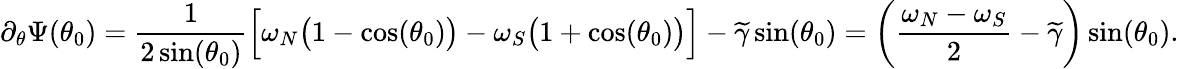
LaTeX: \partial_{\theta}\Psi(\theta_{0})=\frac{1}{2\sin(\theta_{0})}\Big[\omega_{N}\big(1-\cos(\theta_{0})\big)-\omega_{S}\big(1+\cos(\theta_{0})\big)\Big]-\widetilde{\gamma}\sin(\theta_{0})=\left(\frac{\omega_{N}-\omega_{S}}{2}-\widetilde{\gamma}\right)\sin(\theta_{0}).